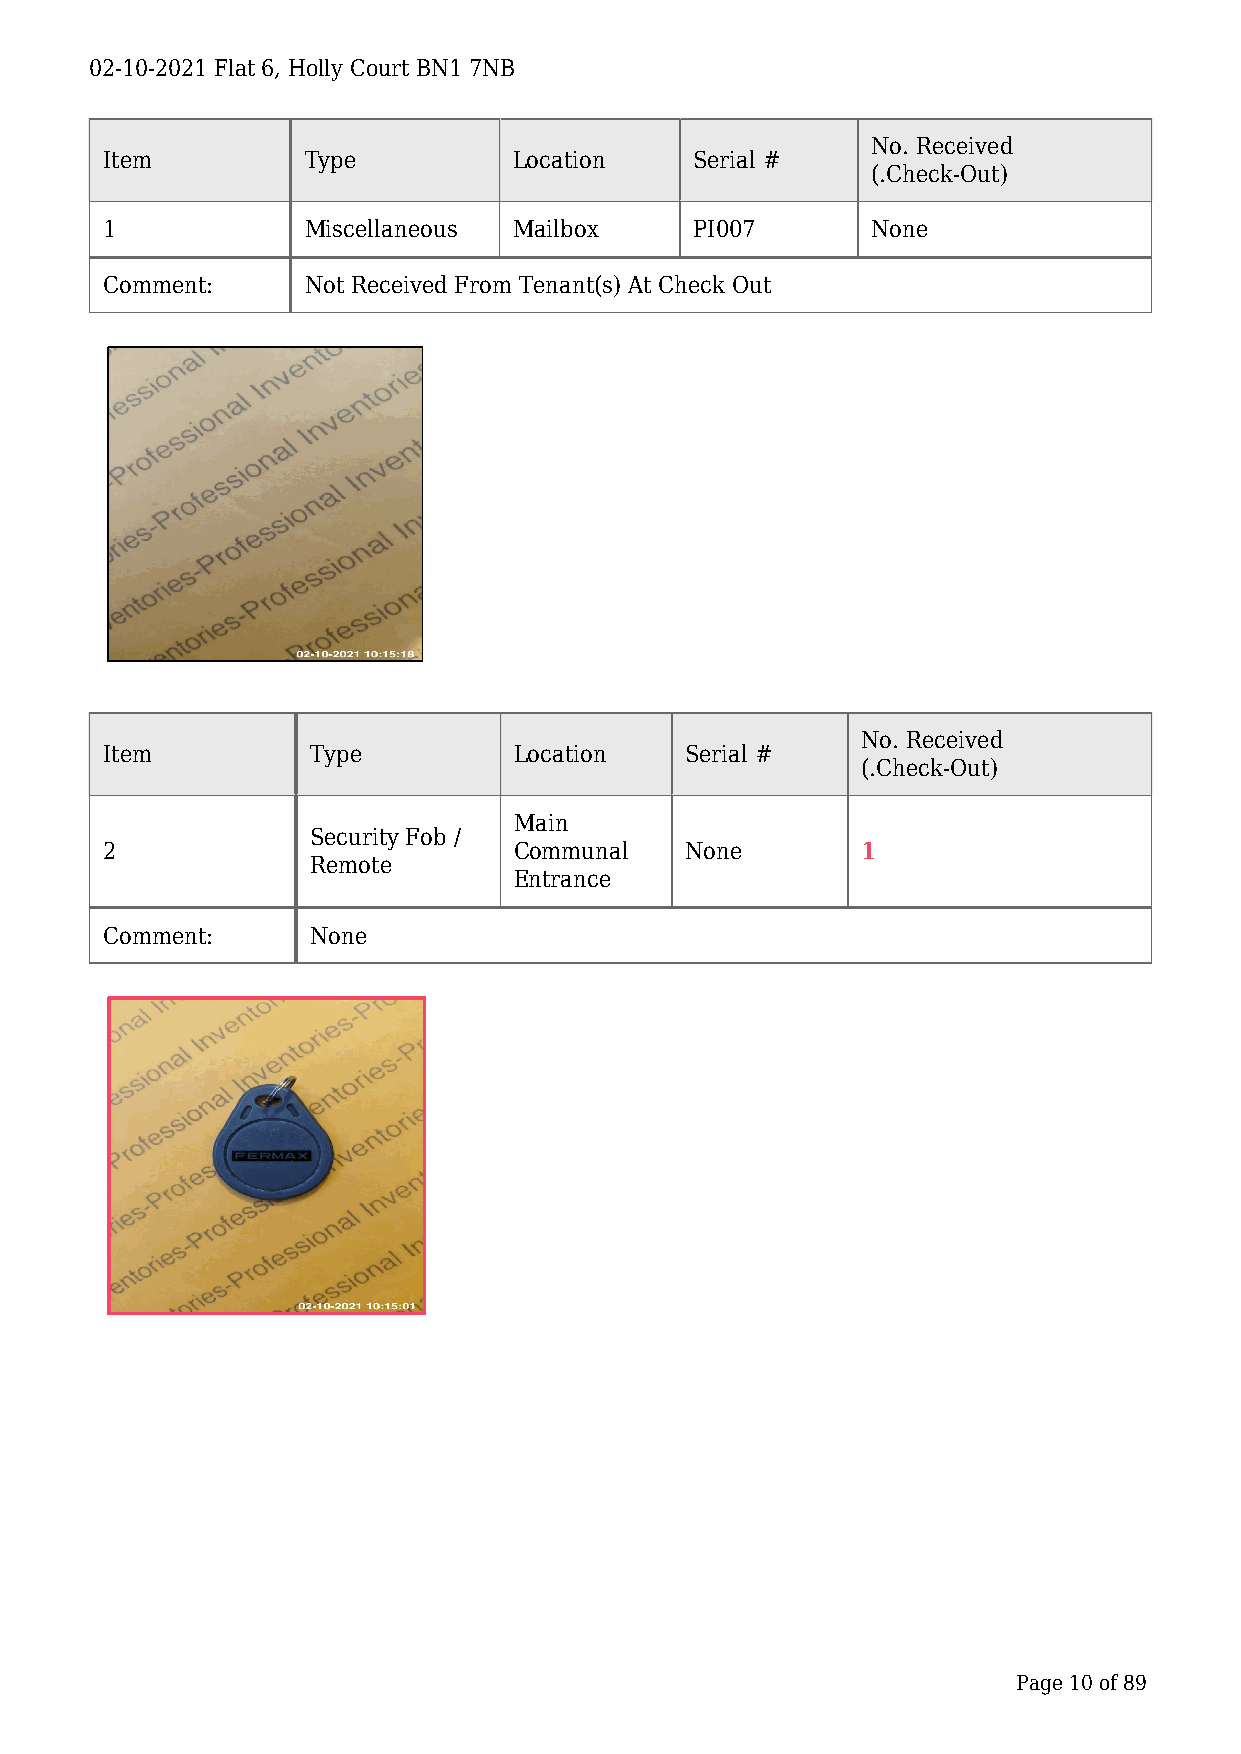
02-10-2021 Flat 6, Holly Court BN1 7NB
 No. Received
 Item         Type          Location    Serial #
 (.Check-Out)
 1            Miscellaneous Mailbox     PI007       None
 Comment:     Not Received From Tenant(s) At Check Out
 No. Received
 Item          Type         Location   Serial #
 (.Check-Out)
 Main
 Security Fob /
 2                          Communal   None        1
 Remote
 Entrance
 Comment:      None
 Page 10 of 89